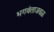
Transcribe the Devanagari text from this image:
भगवंताजवळ